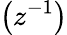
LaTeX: \left(z^{-1}\right)